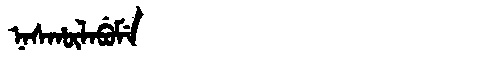
Manchu: ᠨᠠᠰᡥᡡᠯᠠᠪᡠᠮᡝ
Romanization: NASHŪLABUME